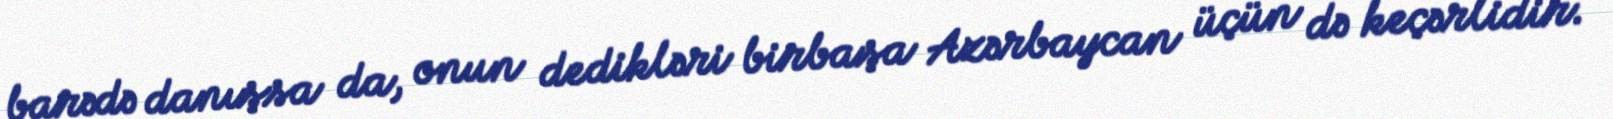
barədə danışsa da, onun dedikləri birbaşa Azərbaycan üçün də keçərlidir.